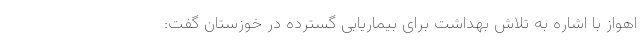
اهواز با اشاره به تلاش بهداشت برای بیماریابی گسترده در خوزستان گفت: